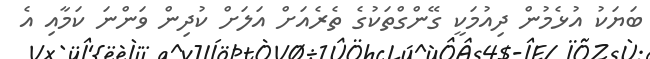
ބަޔަކު އުޅެމުން ދިއުމަކީ ގޭންގްތަކުގެ ތެރެއަށް އަލަށް ކުދިން ވަންނަ ކަމާއި އެ